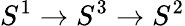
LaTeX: S^{1}\to S^{3}\to S^{2}